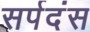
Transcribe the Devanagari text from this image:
सर्पदंस